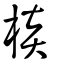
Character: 棪